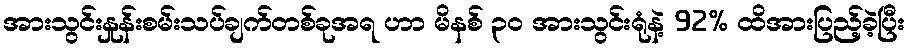
အားသွင်းနှုန်းစမ်းသပ်ချက်တစ်ခုအရ ဟာ မိနစ် ၃၀ အားသွင်းရုံနဲ့ 92% ထိအားပြည့်ခဲ့ပြီး